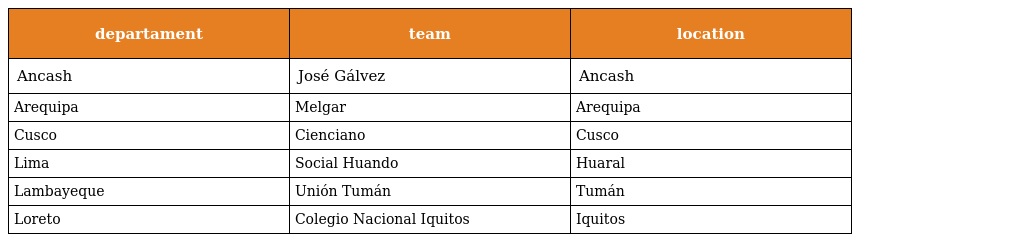
| departament | team | location |
 | --- | --- | --- |
 | Ancash | José Gálvez | Ancash |
 | Arequipa | Melgar | Arequipa |
 | Cusco | Cienciano | Cusco |
 | Lima | Social Huando | Huaral |
 | Lambayeque | Unión Tumán | Tumán |
 | Loreto | Colegio Nacional Iquitos | Iquitos |